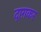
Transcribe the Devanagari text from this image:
दाग़कर